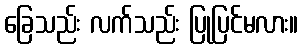
ခြေသည်း လက်သည်း ပြုပြင်မလား။